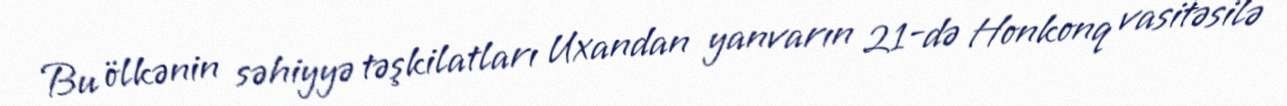
Bu ölkənin səhiyyə təşkilatları Uxandan yanvarın 21-də Honkonq vasitəsilə